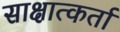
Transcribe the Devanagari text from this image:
साक्षात्कर्ता